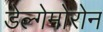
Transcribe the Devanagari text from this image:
डेल्गेमोरोन